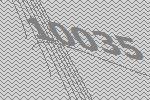
10035